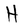
Character: H